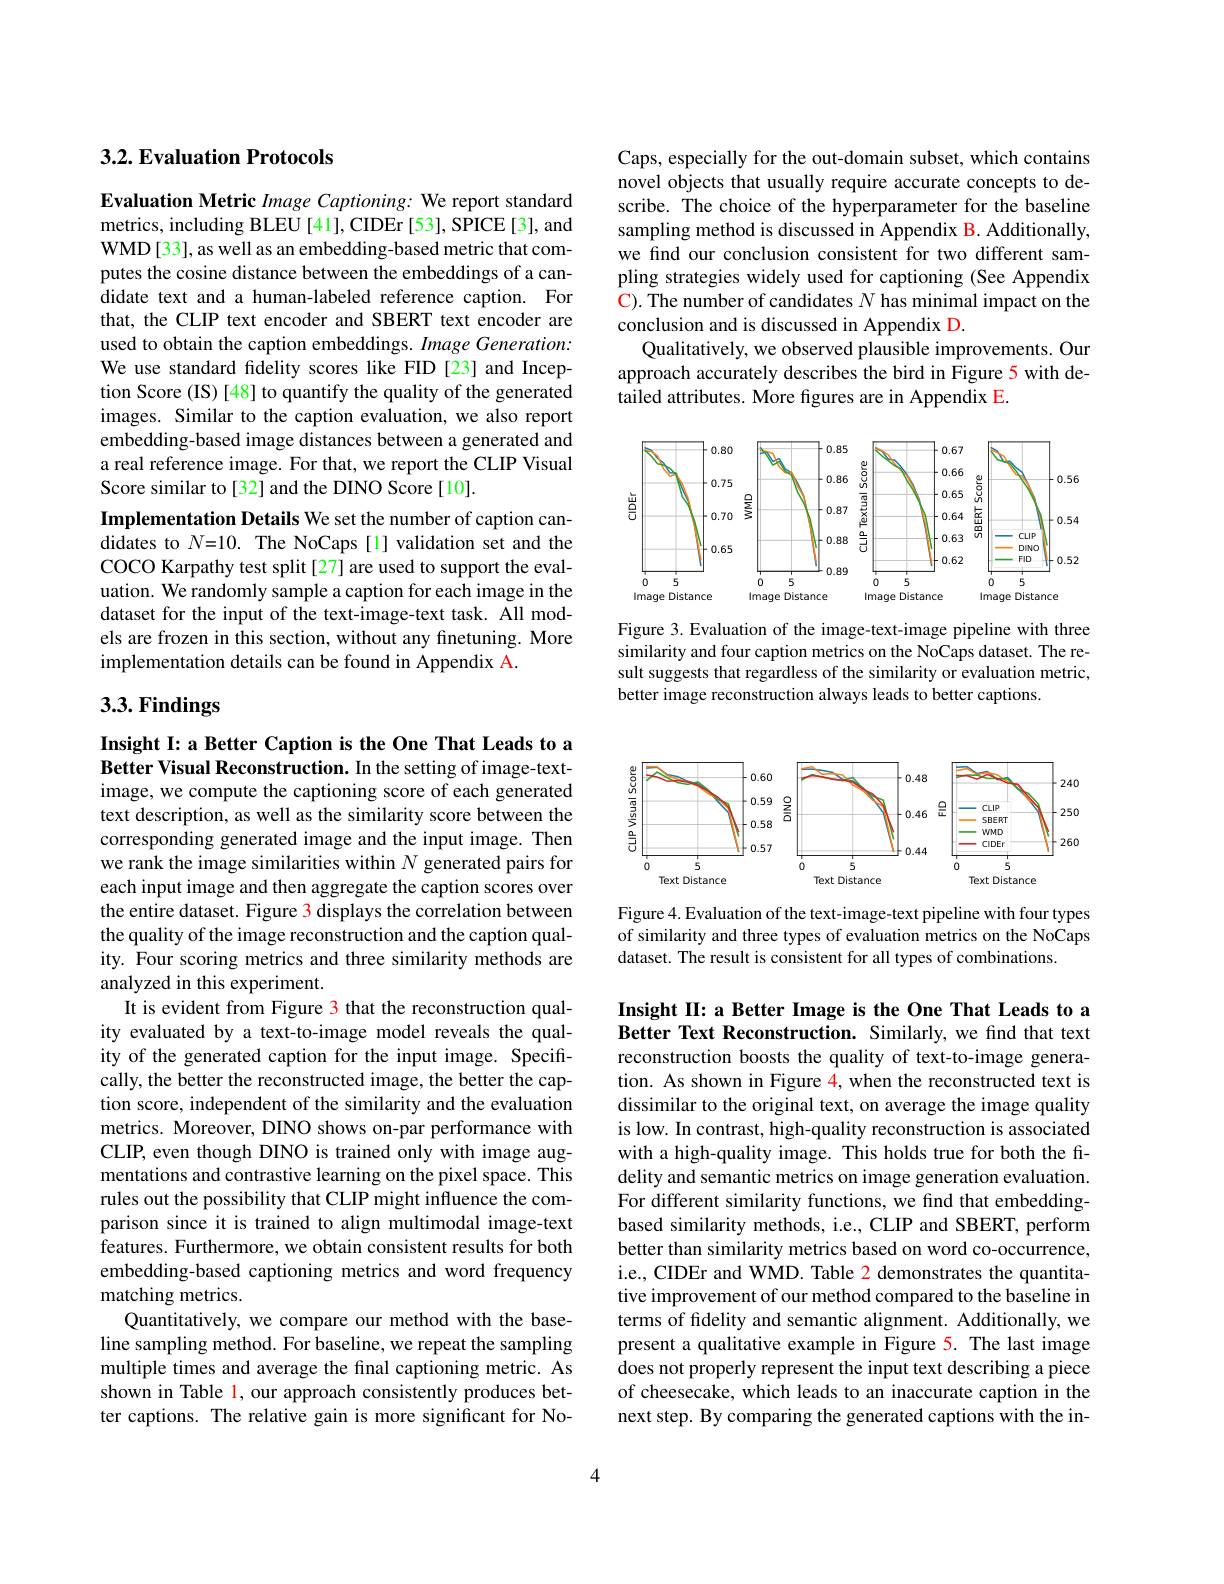
Caps, especially for the out-domain subset, which contains novel objects that usually require accurate concepts to describe. The choice of the hyperparameter for the baseline sampling method is discussed in Appendix B. Additionally, we find our conclusion consistent for two different sampling strategies widely used for captioning (See Appendix $\mathbf{C}).$ The number of candidates $N$ has minimal impact on the conclusion and is discussed in Appendix D.
Qualitatively, we observed plausible improvements. Our approach accurately describes the bird in Figure 5 with detailed attributes. More figures are in Appendix E.

<FigureHere>

Figure 3.Evaluation of the image-text-image pipeline with three similarity and four caption metrics on the NoCaps dataset. The result suggests that regardless of the similarity or evaluation metric, better image reconstruction always leads to better captions.

## $3. 2. \textbf{Evaluation Protocols}$

Evaluation Metric Image Captioning: We report standard metrics, including BLEU [41], CIDEr [53], SPICE [3], and WMD[33], as well as an embedding-based metric that computes the cosine distance between the embeddings of a candidate text and a human-labeled reference caption. For that, the CLIP text encoder and SBERT text encoder are used to obtain the caption embeddings. Image Generation: We use standard fidelity scores like FID [23] and Inception Score (IS) [48] to quantify the quality of the generated images. Similar to the caption evaluation, we also report embedding-based image distances between a generated and a real reference image. For that, we report the CLIP Visual Score similar to[32] and the DINO Score[10].
Implementation Details We set the number of caption candidates to $N=10.$ The NoCaps[l] validation set and the COCO Karpathy test split[27] are used to support the evaluation. We randomly sample a caption for each image in the dataset for the input of the text-image-text task. All models are frozen in this section, without any finetuning. More implementation details can be found in Appendix A.

# 3.3. Findings

Insight I: a Better Caption is the One That Leads to a Better Visual Reconstruction. In the setting of image-textimage, we compute the captioning score of each generated

text description, as well as the similarity score between the corresponding generated image and the input image. Then we rank the image similarities within $N$ generated pairs for each input image and then aggregate the caption scores over the entire dataset. Figure 3 displays the correlation between the quality of the image reconstruction and the caption quality. Four scoring metrics and three similarity methods are analyzed in this experiment.
It is evident from Figure 3 that the reconstruction quality evaluated by a text-to-image model reveals the quality of the generated caption for the input image. Specifically, the better the reconstructed image, the better the caption score, independent of the similarity and the evaluation metrics. Moreover, DINO shows on-par performance with CLIP, even though DINO is trained only with image augmentations and contrastive learning on the pixel space. This rules out the possibility that CLIP might influence the comparison since it is trained to align multimodal image-text features. Furthermore, we obtain consistent results for both embedding-based captioning metrics and word frequency matching metrics.
Quantitatively, we compare our method with the baseline sampling method. For baseline, we repeat the sampling multiple times and average the final captioning metric. As shown in Table l, our approach consistently produces better captions. The relative gain is more significant for No-

<FigureHere>
Figure 4. Evaluation of the text-image-text pipeline with four types

of similarity and three types of evaluation metrics on the NoCaps
dataset. The result is consistent for all types of combinations.

Insight II: a Better Image is the One That Leads to a Better Text Reconstruction. Similarly, we find that text

reconstruction boosts the quality of text-to-image generation. As shown in Figure 4, when the reconstructed text is dissimilar to the original text, on average the image quality is low. In contrast, high-quality reconstruction is associated with a high-quality image. This holds true for both the fidelity and semantic metrics on image generation evaluation. For different similarity functions, we find that embeddingbased similarity methods, i.e., CLIP and SBERT, perform better than similarity metrics based on word co-occurrence, i.e., CIDEr and WMD. Table 2 demonstrates the quantitative improvement of our method compared to the baseline in terms of fdelity and semantic alignment. Additionally, we present a qualitative example in Figure 5. The last image does not properly represent the input text describing a piece of cheesecake, which leads to an inaccurate caption in the next step. By comparing the generated captions with the in-

4